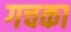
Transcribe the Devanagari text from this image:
गचका